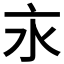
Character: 𣱵